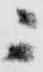
ニ